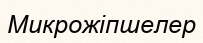
Микрожіпшелер